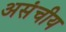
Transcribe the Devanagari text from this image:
असंचीय